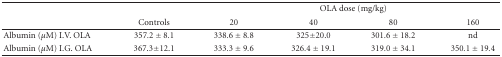
|  |  | <COLSPAN=4> OLA dose (mg/kg) |
 |  | Controls | 20 | 40 | 80 | 160 |
 | --- | --- | --- | --- | --- | --- |
 | Albumin (μM) I.V. OLA | 357.2 ± 8.1 | 338.6 ± 8.8 | 325±20.0 | 301.6 ± 18.2 | nd |
 | Albumin (μM) I.G. OLA | 367.3±12.1 | 333.3 ± 9.6 | 326.4 ± 19.1 | 319.0 ± 34.1 | 350.1 ± 19.4 |